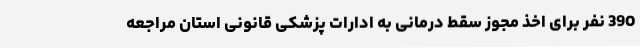
390 نفر برای اخذ مجوز سقط درمانی به ادارات پزشکی قانونی استان مراجعه